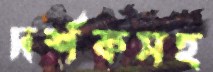
দর্শকসহ